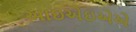
આઇએઇએએ